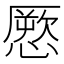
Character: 憠